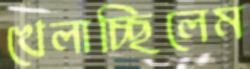
খেলাচ্ছিলেম